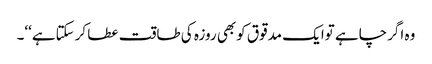
وہ اگرچاہے توایک مدقوق کوبھی روزہ کی طاقت عطا کرسکتاہے‘‘۔